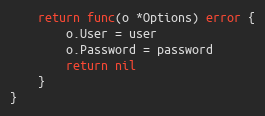
Language: Go
	return func(o *Options) error {
		o.User = user
		o.Password = password
		return nil
	}
}